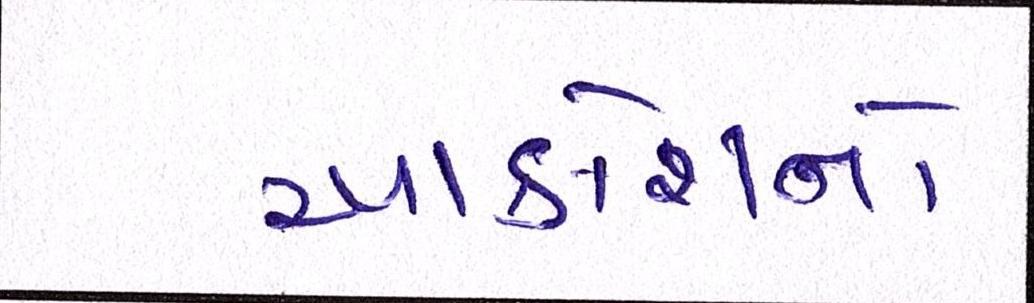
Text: આક્રોશનો